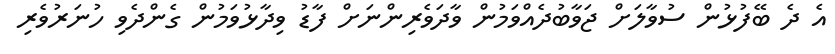
އެ ދެ ބޭފުޅުން ސުވާލަށް ޖަވާބުދެއްވަމުން ވާދަވެރިންނަށް ފާޑު ވިދާޅުވަމުން ގެންދެވި ހުނަރުވެރި